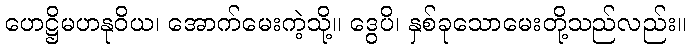
ဟေဋ္ဌိမဟနုဝိယ၊ အောက်မေးကဲ့သို့။ ဒွေပိ၊ နှစ်ခုသောမေးတို့သည်လည်း။